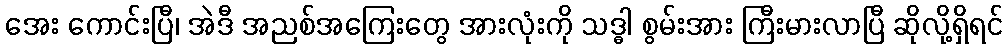
အေး ကောင်းပြီ၊ အဲဒီ အညစ်အကြေးတွေ အားလုံးကို သဒ္ဓါ စွမ်းအား ကြီးမားလာပြီ ဆိုလို့ရှိရင်